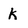
Character: k